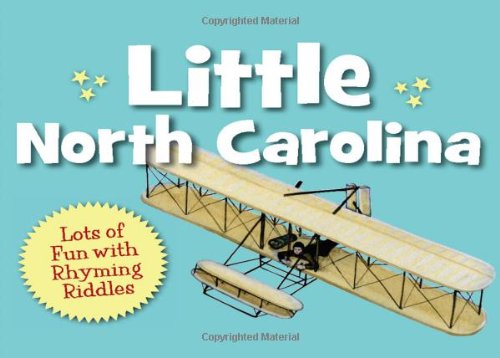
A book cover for Little North Carolina (Little State); Carol Crane; Children's Books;